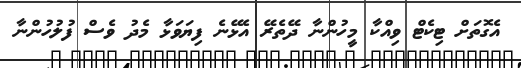
އެގޮތަށް ޓިކެޓް ވިއްކާ މީހުންނާ ދޭތެރޭ އެޅޭނެ ފިޔަވަޅާ މެދު ވެސް ފުލުހުންނާ